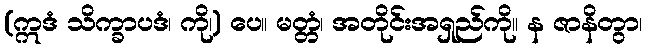
(ဣဒံ သိက္ခာပဒံ၊ ကို၊) ပေ။ မတ္တံ၊ အတိုင်းအရှည်ကို။ န ဇာနိတွာ၊